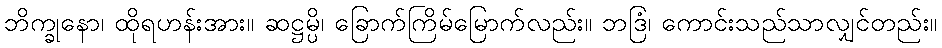
ဘိက္ခုနော၊ ထိုရဟန်းအား။ ဆဋ္ဌမ္ပိ၊ ခြောက်ကြိမ်မြောက်လည်း။ ဘဒြံ၊ ကောင်းသည်သာလျှင်တည်း။